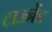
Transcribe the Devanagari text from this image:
टाउनेंड